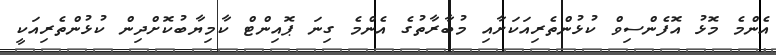
އެންމެ މޮޅު އޮފެންސިވް ކުޅުންތެރިއަކަށާއި މުބާރާތުގެ އެންމެ ގިނަ ޕޮއިންޓް ކާމިޔާބުކޮށްދިން ކުޅުންތެރިއަކީ